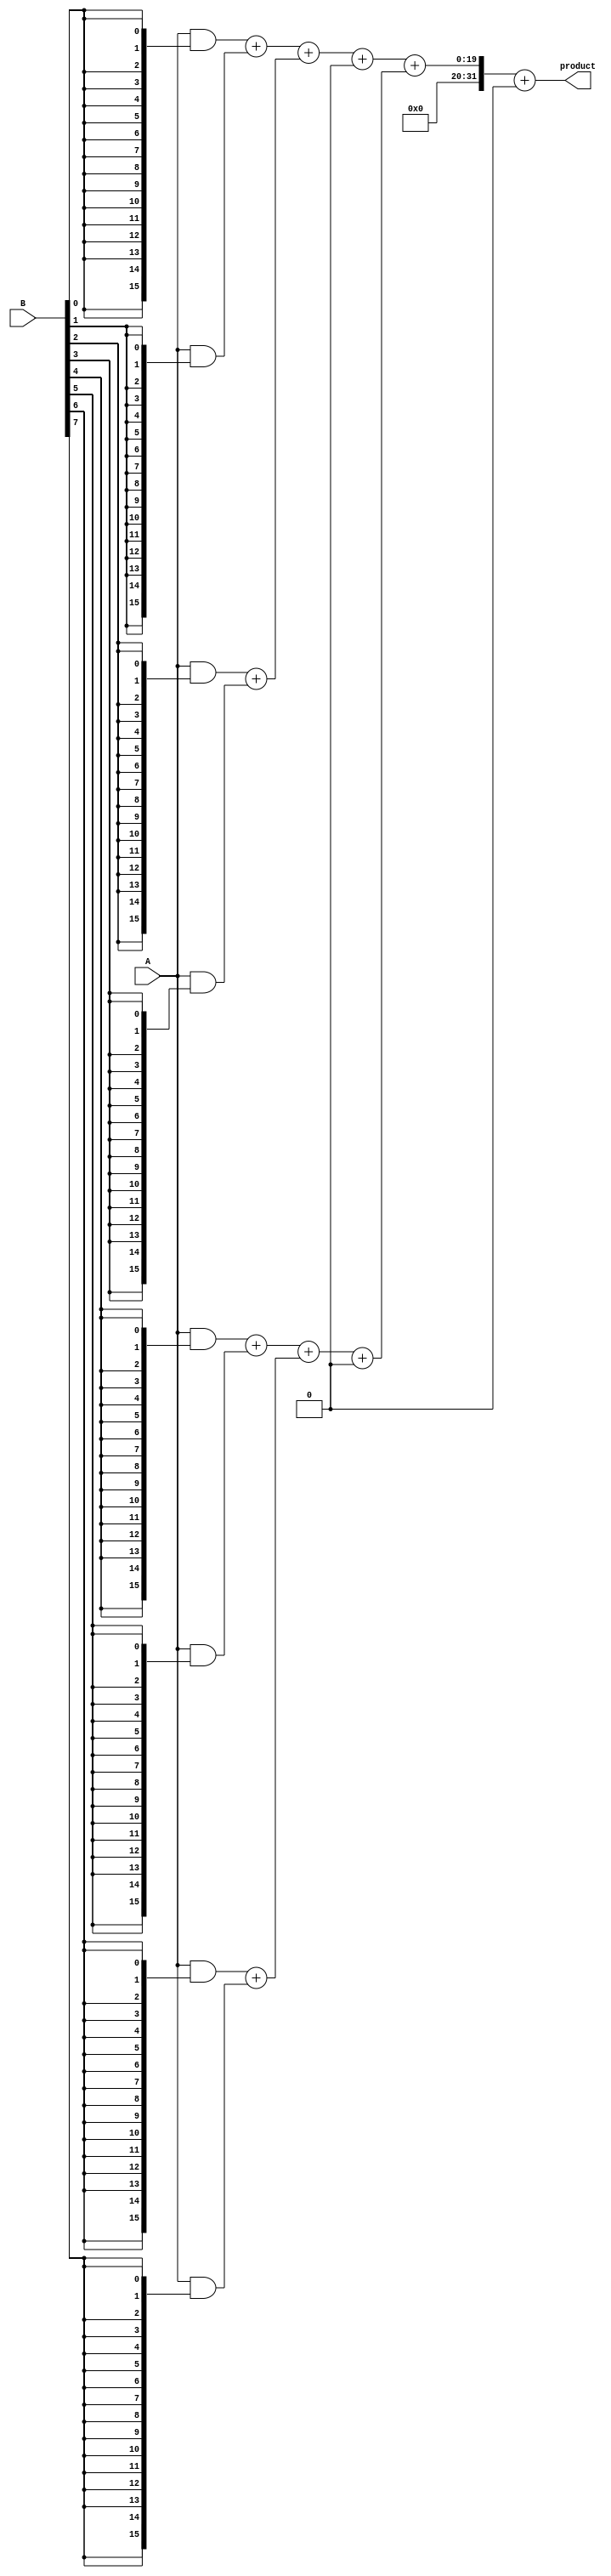
module FixedPointWallaceTreeMultiplier #(
    parameter WIDTH_A = 16,  // Bit width of operand A
    parameter WIDTH_B = 16,  // Bit width of operand B
    parameter FRACTIONAL_BITS = 8 // Number of fractional bits
)(
    input  [WIDTH_A-1:0] A,  // Fixed-point operand A
    input  [WIDTH_B-1:0] B,  // Fixed-point operand B
    output reg [WIDTH_A + WIDTH_B - 1:0] product // Fixed-point product
);

    // Generate partial products
    wire [WIDTH_A-1:0] pp[0:WIDTH_B-1]; // Partial products
    genvar i;
    generate
        for (i = 0; i < WIDTH_B; i = i + 1) begin : pp_gen
            assign pp[i] = A & {WIDTH_A{B[i]}}; // AND operation to generate partial product
        end
    endgenerate

    // Wallace tree reduction logic
    wire [WIDTH_A + WIDTH_B - 1:0] sum;
    wire [WIDTH_A + WIDTH_B - 1:0] carry;

    // Stage 1: Combine partial products
    wire [WIDTH_A + WIDTH_B - 1:0] stage1[0:WIDTH_B/2-1];
    wire [WIDTH_B/2-1:0] carry_stage1;
    
    generate
        for (i = 0; i < WIDTH_B/2; i = i + 1) begin : stage1_reduction
            if (i < WIDTH_B/2 - 1) begin
                assign {carry_stage1[i], stage1[i]} = pp[2*i] + pp[2*i + 1];
            end else begin
                assign {carry_stage1[i], stage1[i]} = pp[2*i];
            end
        end
    endgenerate

    // Stage 2: Combine results from stage 1
    wire [WIDTH_A + WIDTH_B - 1:0] stage2[0:WIDTH_B/4-1];
    wire [WIDTH_B/4-1:0] carry_stage2;
    
    generate
        for (i = 0; i < WIDTH_B/4; i = i + 1) begin : stage2_reduction
            if (i < WIDTH_B/4 - 1) begin
                assign {carry_stage2[i], stage2[i]} = stage1[2*i] + stage1[2*i + 1] + carry_stage1[2*i];
            end else begin
                assign {carry_stage2[i], stage2[i]} = stage1[2*i];
            end
        end
    endgenerate

    // Final stage: Combine last stage outputs
    wire [WIDTH_A + WIDTH_B - 1:0] final_sum;
    wire carry_final;

    assign {carry_final, final_sum} = stage2[0] + stage2[1] + carry_stage2[0];

    // Assign the final product
    always @(*) begin
        if (carry_final) begin
            product = final_sum[WIDTH_A + WIDTH_B - 1:0]; // Handle overflow if needed
        end else begin
            product = final_sum[WIDTH_A + WIDTH_B - 1:0];
        end
    end

endmodule